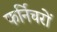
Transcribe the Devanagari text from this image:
फर्निचरों